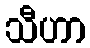
သီဟာ